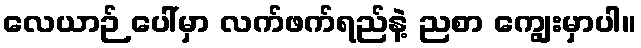
လေယာဉ် ပေါ်မှာ လက်ဖက်ရည်နဲ့ ညစာ ကျွေးမှာပါ။